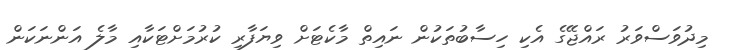
މިދުވަސްވަރު ރައްޖޭގެ އެކި ހިސާބުތަކުން ނައިތް މާކެޓަށް ވިޔަފާރި ކުރުމަށްޓަކާއި މާލެ އަންނަކަން